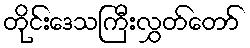
တိုင်းဒေသကြီးလွှတ်တော်